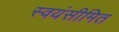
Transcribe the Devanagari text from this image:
स्वयंसीमित